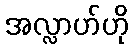
အလ္လာဟ်ဟို